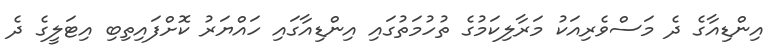
އިންޑިއާގެ ދެ މަސްވެރިއަކު މަރާލިކަމުގެ ތުހުމަތުގައި އިންޑިއާގައި ހައްޔަރު ކޮށްފައިތިބި އިޓަލީގެ ދެ